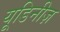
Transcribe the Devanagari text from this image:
यूडिनीज़